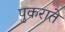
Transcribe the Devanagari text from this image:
पुकराते